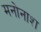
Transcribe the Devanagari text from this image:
मनोनाश